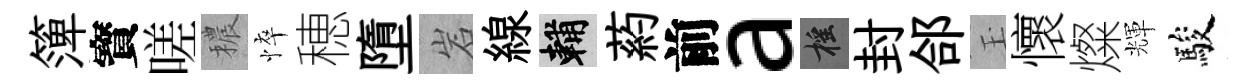
𥱼寳嗟穠悴穂墮岩線輔葯前a摇封郃玉懷燦輝駿